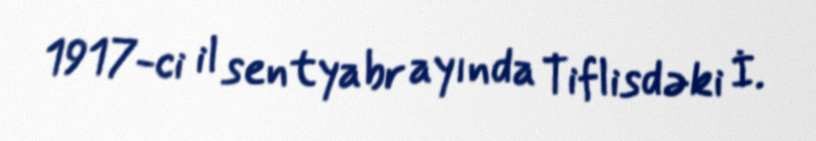
1917-ci il sentyabr ayında Tiflisdəki İ.